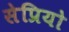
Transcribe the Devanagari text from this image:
सेप्रियो